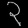
Digit: ၃